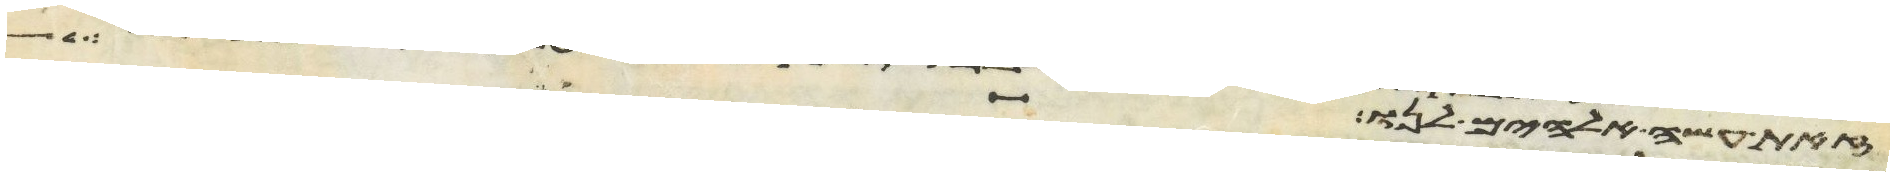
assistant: זאת עשה אלהים לנו